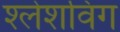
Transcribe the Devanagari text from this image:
श्लेशविग